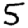
Digit: 5